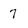
Character: 7